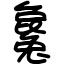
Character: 毚